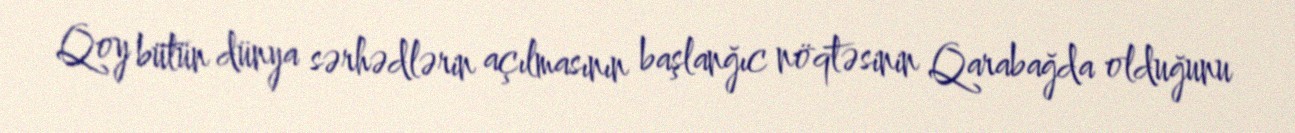
Qoy bütün dünya sərhədlərin açılmasının başlanğıc nöqtəsinin Qarabağda olduğunu